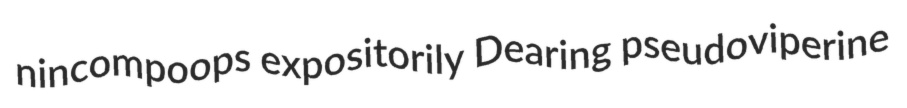
nincompoops expositorily Dearing pseudoviperine